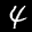
Label: 4